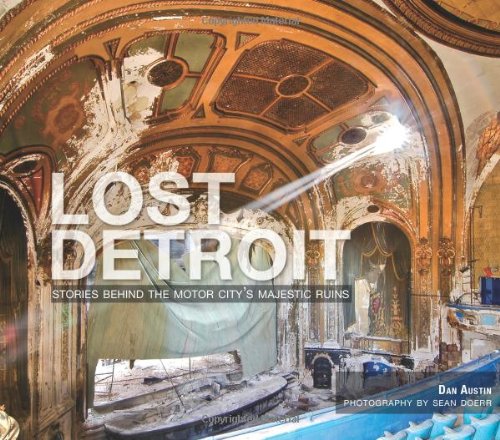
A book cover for Lost Detroit: Stories Behind the Motor City's Majestic Ruins; Dan Austin; Arts & Photography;